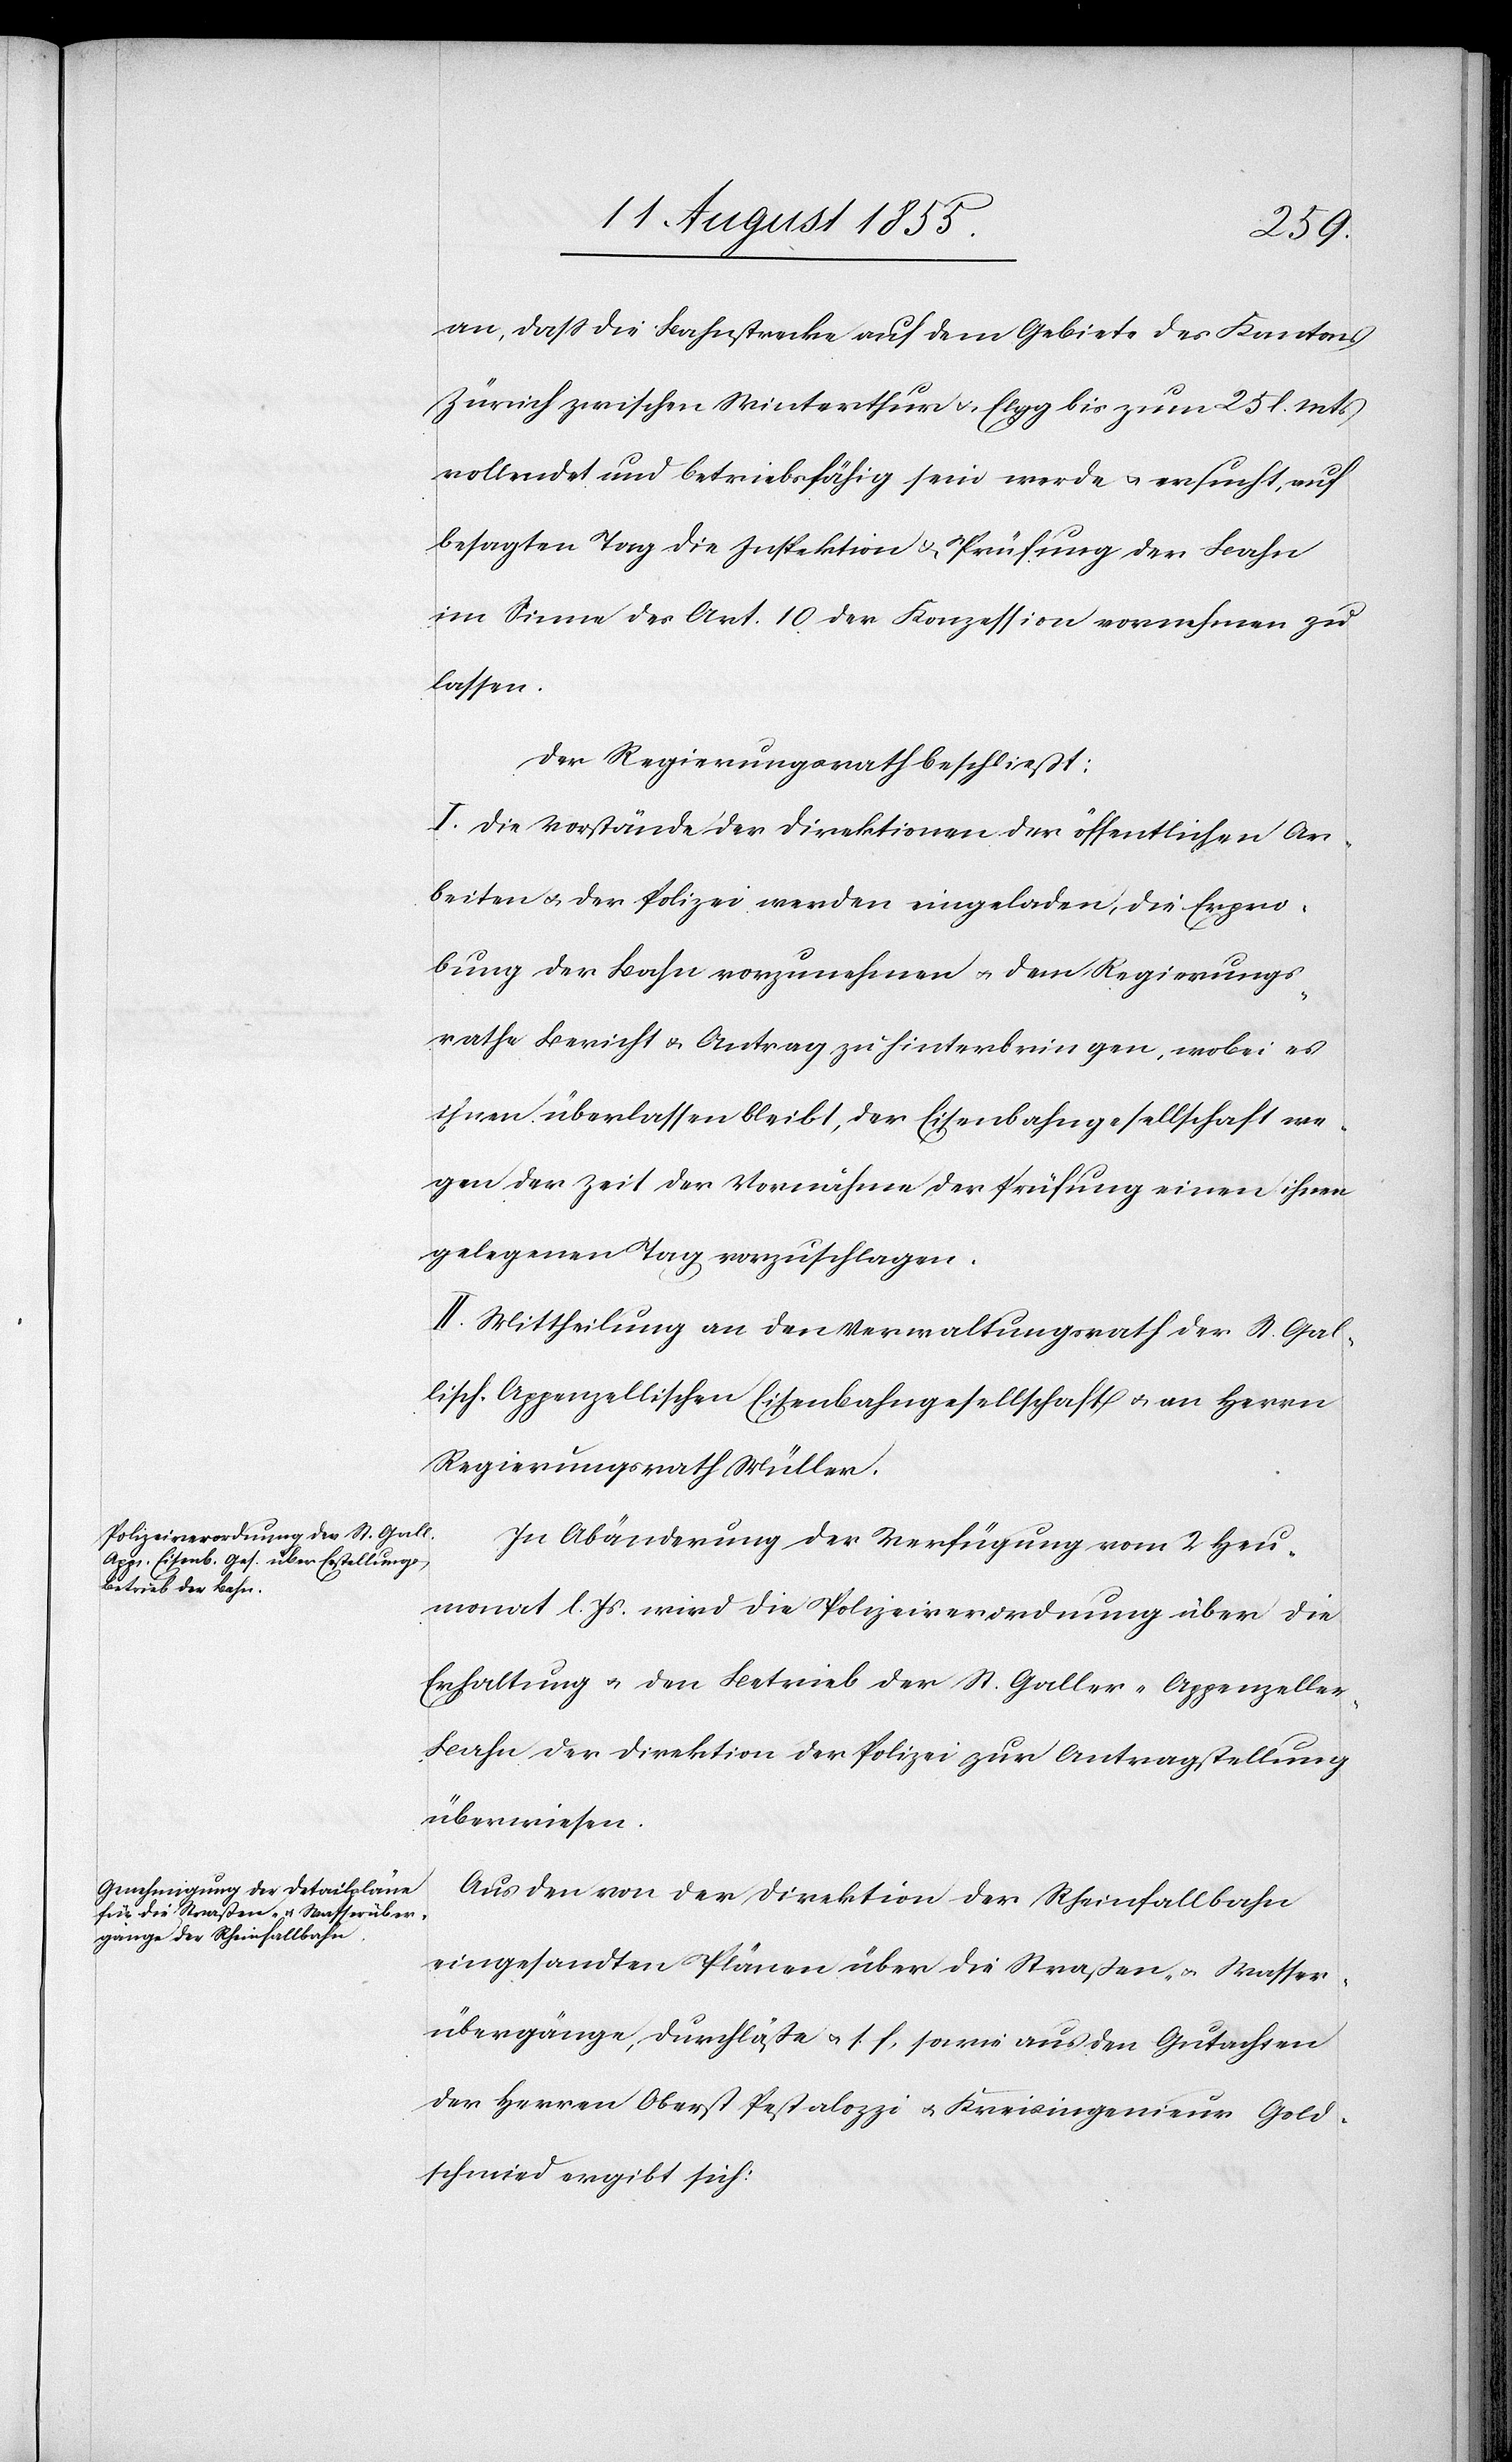
an, dass die Bahnstrecke auf dem Gebiete des Kantons
Zürich zwischen Winterthur & Elgg bis zum 25 l. Mts
vollendet und betriebsfähig sein werde & ersucht, auf
besagten Tag die Inspektion & Prüfung der Bahn
im Sinne des Art. 10 der Konzession vornehmen zu
lassen.
Der Regierungsrath beschließt:
I. Die Vorstände der Direktionen der öffentlichen Ar¬
beiten & der Polizei werden eingeladen, die Erpro¬
bung der Bahn vorzunehmen & dem Regierungs¬
rathe Bericht & Antrag zu hinterbringen, wobei es
ihnen überlassen bleibt, der Eisenbahngesellschaft we¬
gen der Zeit der Vornahme der Prüfung einen ihnen
gelegenen Tag vorzuschlagen.
II. Mittheilung an den Verwaltungsrath der St. Gal¬
lisch-Appenzellischen Eisenbahngesellschaft & an Herrn
Regierungsrath Müller.
In Abänderung der Verfügung vom 2 Heu¬
monat l. Js. wird die Polizeiverordnung über die
Erhaltung & den Betrieb der St. Galler-Appenzelle¬
r-Bahn der Direktion der Polizei zur Antragstellung
überwiesen.
Aus den von der Direktion der Rheinfallbahn
eingesandten Plänen über die Straßen- & Wasser¬
übergänge, Durchläße & s. f, sowie aus den Gutachten
der Herren Oberst Pestalozzi & Kreisingenieur Gold¬
schmied ergibt sich: